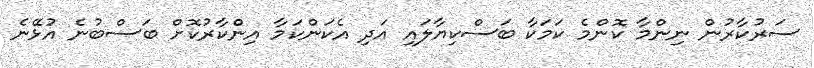
ސަރުކާރުން ނިންމާ ކޮންމެ ކަމަކާ ބަސްކިޔާލައި އަދި އެކަންކަމާ އިންކާރުކޮށް ބަސްބުނެ އުޅޭނެ